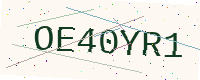
Text: OE40YR1